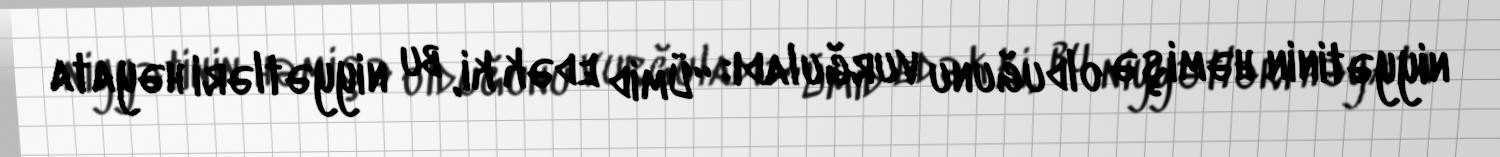
niyyətinin həmişə olduğunu vurğuladı: “Ümid edək ki, bu niyyətləri həyata